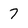
Character: 7